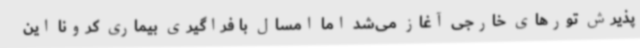
پذیرش تورهای خارجی آغاز می‌شد اما امسال با فراگیری بیماری کرونا این